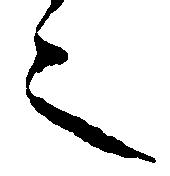
之